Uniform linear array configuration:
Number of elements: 4
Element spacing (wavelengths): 1
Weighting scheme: exponential
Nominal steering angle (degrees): -15
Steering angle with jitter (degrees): -15.276
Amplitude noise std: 0.05
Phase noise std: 0.05

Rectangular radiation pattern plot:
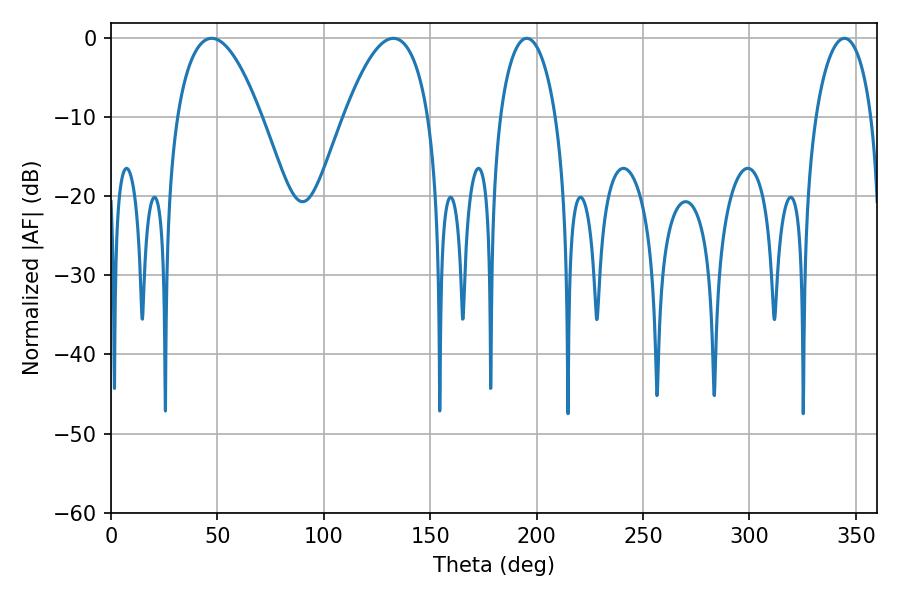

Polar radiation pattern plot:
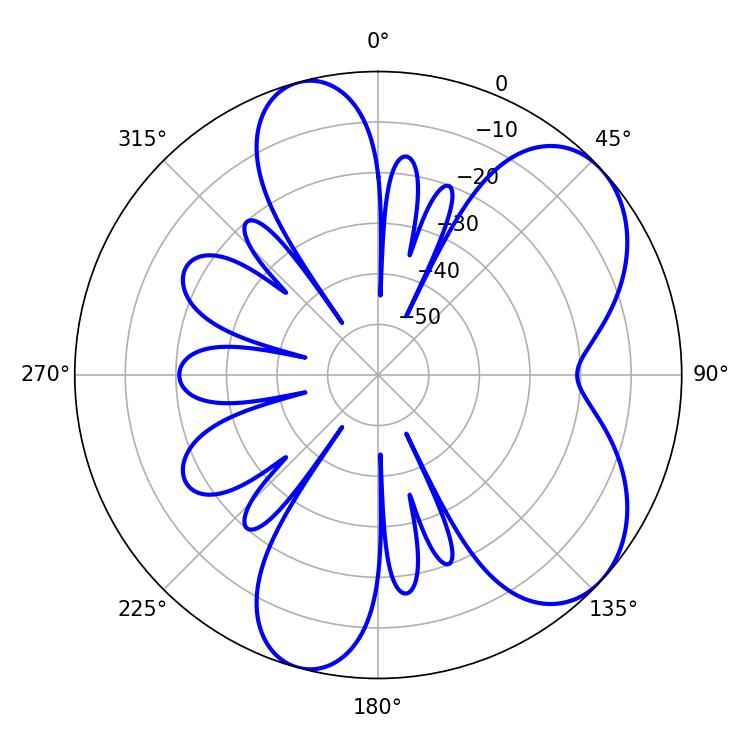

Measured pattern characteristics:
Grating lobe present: TRUE
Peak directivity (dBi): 6.386
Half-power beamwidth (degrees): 21.96
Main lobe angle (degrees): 47.34